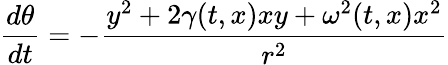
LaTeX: {\frac{d\theta}{dt}}=-{\frac{y^{2}+2\gamma(t,x)xy+\omega^{2}(t,x)x^{2}}{r^{2}}}